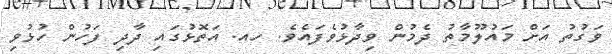
ވަގުތު އަށް މައުލޫމާތު ދެމުން ވިދާޅުވެފައެވެ. ހއ. އަތޮޅުގައި ދާދި ފަހުން ހުޅުވި